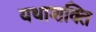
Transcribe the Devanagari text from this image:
यथाशक्ति